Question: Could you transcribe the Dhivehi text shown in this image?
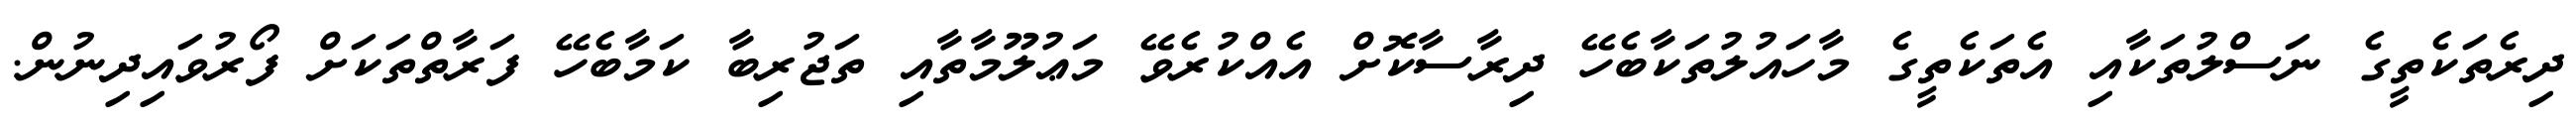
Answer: ދިރެތަކެތީގެ ނަސްލުތަކާއި އެތަކެތީގެ މާހައުލުތަކާބެހޭ ދިރާސާކޮށް އެއްކުރެވޭ މަޢުލޫމާތާއި ތަޖުރިބާ ކަމާބެހޭ ފަރާތްތަކަށް ފޯރުވައިދިނުން.